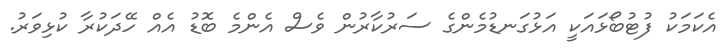
އެކަމަކު ފުޓުބޯޅައަކީ އަޅުގަނޑުމެންގެ ސަރުކާރުން ވެސް އެންމެ ބޮޑު އެއް ހޭދަކުރާ ކުޅިވަރު.